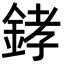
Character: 﨧